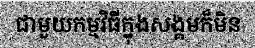
ជាមួយកម្មវិធីក្នុងសង្គមក៏មិន